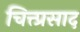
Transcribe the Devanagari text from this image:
चित्त्प्रसाद